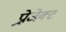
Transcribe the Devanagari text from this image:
प्र्रोजेक्ट